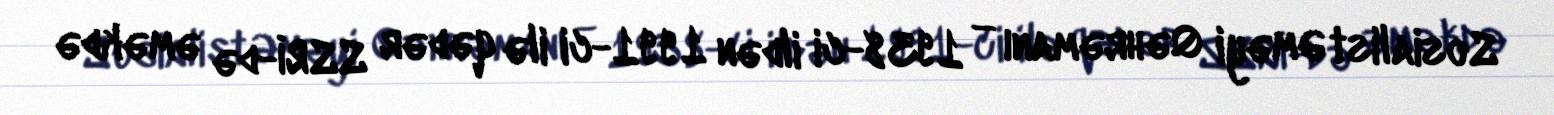
Sosialist Əməyi Qəhrəmanı — 1938-ci ildən 1991-ci ilə qədər SSRİ-də əməkdə